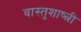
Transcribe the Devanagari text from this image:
वास्तुशाष्त्री